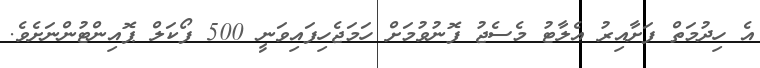
އެ ހިދުމަތް ފަށާއިރު އެލާޓު މެސެޖު ފޮނުވުމަށް ހަމަޖެހިފައިވަނީ 500 ފޯކަލް ޕޮއިންޓުންނަށެވެ.